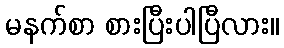
မနက်စာ စားပြီးပါပြီလား။